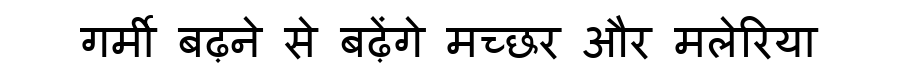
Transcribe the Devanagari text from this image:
गर्मी बढ़ने से बढ़ेंगे मच्छर और मलेरिया